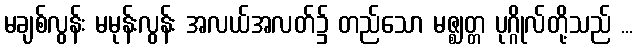
မချစ်လွန်း မမုန်းလွန်း အလယ်အလတ်၌ တည်သော မဇ္ဈတ္တ ပုဂ္ဂိုလ်တို့သည် ...